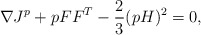
\begin{align*}\nabla J^p + pFF^T - \frac {2}{3}(pH)^2= 0,\end{align*}